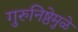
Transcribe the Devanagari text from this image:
गुरुनिष्ठेमुळे